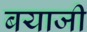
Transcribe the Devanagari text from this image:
बयाजी